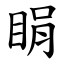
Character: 睊